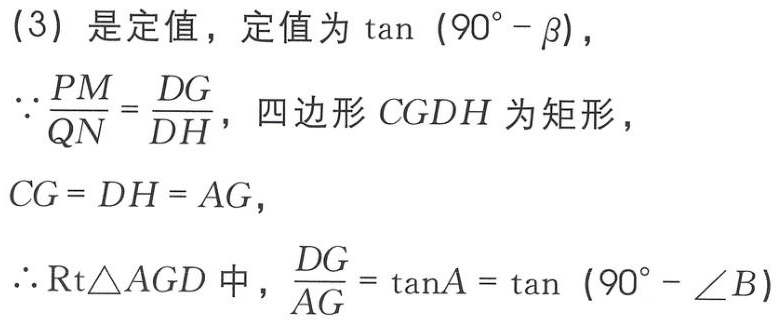
(3) 是定值，定值为\(\tan(90^{\circ}-\beta)\)，
\(\because\frac{PM}{QN}=\frac{DG}{DH}\)，四边形\(CGDH\)为矩形，
\(CG = DH = AG\)，
\(\therefore\mathrm{Rt}\triangle AGD\)中，\(\frac{DG}{AG}=\tan A=\tan(90^{\circ}-\angle B)\)